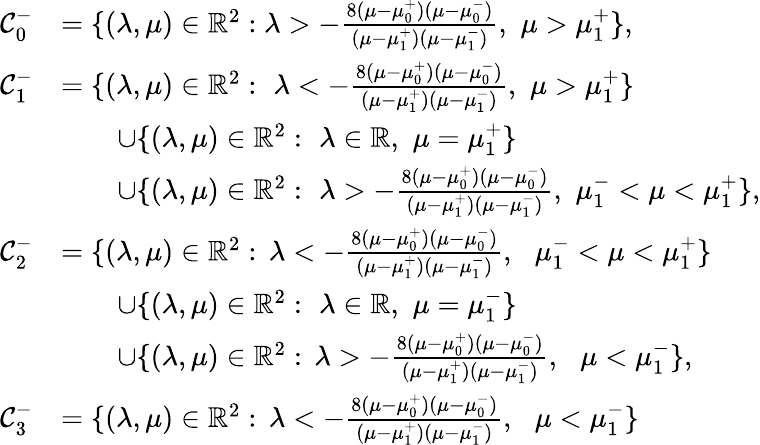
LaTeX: \begin{array}{rl}{{\mathcal C}_{0}^{-}}&{=\{ (\lambda,\mu)\in\mathbb{R}^{2}:\lambda>-\frac{8(\mu-\mu_{0}^{+})(\mu-\mu_{0}^{-})}{(\mu-\mu_{1}^{+})(\mu-\mu_{1}^{-})},\, \, \mu>\mu_{1}^{+}\} ,}\\ {{\mathcal C}_{1}^{-}}&{=\{ (\lambda,\mu)\in\mathbb{R}^{2}:\, \, \lambda<-\frac{8(\mu-\mu_{0}^{+})(\mu-\mu_{0}^{-})}{(\mu-\mu_{1}^{+})(\mu-\mu_{1}^{-})},\, \, \mu>\mu_{1}^{+}\} }\\ &{\quad\quad\cup\{ (\lambda,\mu)\in\mathbb{R}^{2}:\, \, \lambda\in\mathbb{R},\, \, \mu=\mu_{1}^{+}\} }\\ &{\quad\quad\cup\{ (\lambda,\mu)\in\mathbb{R}^{2}:\, \, \lambda>-\frac{8(\mu-\mu_{0}^{+})(\mu-\mu_{0}^{-})}{(\mu-\mu_{1}^{+})(\mu-\mu_{1}^{-})},\, \, \mu_{1}^{-}<\mu<\mu_{1}^{+}\} ,}\\ {{\mathcal C}_{2}^{-}}&{=\{ (\lambda,\mu)\in\mathbb{R}^{2}:\, \lambda<-\frac{8(\mu-\mu_{0}^{+})(\mu-\mu_{0}^{-})}{(\mu-\mu_{1}^{+})(\mu-\mu_{1}^{-})},\, \, \, \, \mu_{1}^{-}<\mu<\mu_{1}^{+}\} }\\ &{\quad\quad\cup\{ (\lambda,\mu)\in\mathbb{R}^{2}:\, \, \lambda\in\mathbb{R},\, \, \mu=\mu_{1}^{-}\} }\\ &{\quad\quad\cup\{ (\lambda,\mu)\in\mathbb{R}^{2}:\, \lambda>-\frac{8(\mu-\mu_{0}^{+})(\mu-\mu_{0}^{-})}{(\mu-\mu_{1}^{+})(\mu-\mu_{1}^{-})},\, \, \, \, \mu<\mu_{1}^{-}\} ,}\\ {{\mathcal C}_{3}^{-}}&{=\{ (\lambda,\mu)\in\mathbb{R}^{2}:\, \lambda<-\frac{8(\mu-\mu_{0}^{+})(\mu-\mu_{0}^{-})}{(\mu-\mu_{1}^{+})(\mu-\mu_{1}^{-})},\, \, \, \, \mu<\mu_{1}^{-}\} }\end{array}